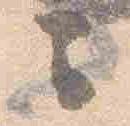
云